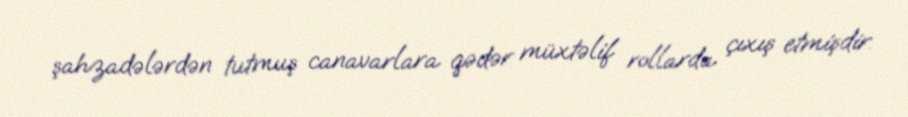
şahzadələrdən tutmuş canavarlara qədər müxtəlif rollarda çıxış etmişdir.